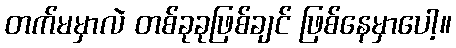
တက်မမှာလဲ တစ်ခုခုဖြစ်ချင် ဖြစ်နေမှာပေါ့။